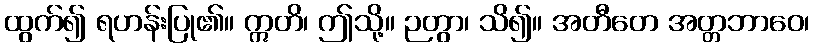
ထွက်၍ ရဟန်းပြု၏။ ဣတိ၊ ဤသို့။ ဉတွာ၊ သိ၍။ အတီတေ အတ္တဘာဝေ၊